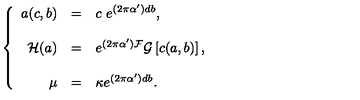
\left\{ \begin{array} { r c l } { a ( c , b ) } & { = } & { c \ e ^ { ( 2 \pi \alpha ^ { \prime } ) d b } , } \\ { } & { } & { } \\ { { \cal H } ( a ) } & { = } & { e ^ { ( 2 \pi \alpha ^ { \prime } ) { \cal F } } { \cal G } \left[ c ( a , b ) \right] , } \\ { } & { } & { } \\ { \mu } & { = } & { \kappa e ^ { ( 2 \pi \alpha ^ { \prime } ) d b } . } \\ \end{array} \right.